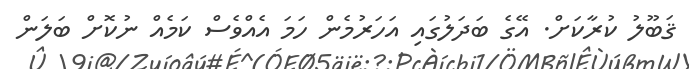
ޤަބޫލު ކުރާކަށް. އޭގެ ބަދަލުގައި އަހަރުމެން ހަމަ އެއްވެސް ކަމެއް ނުކޮށް ބަލަން